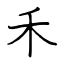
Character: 禾